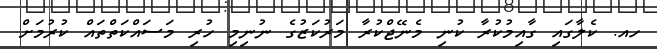
ހއ. ކެލާގައި ގާއިމުކުރާ ކުނި މެނޭޖްކުރާ މަރުކަޒުގެ ނުނިމި ހުރި މަސައްކަތްތައް ކުރުމަށް